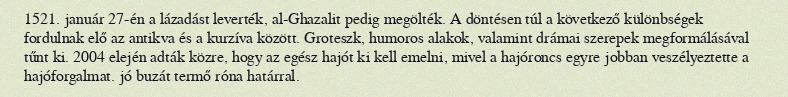
1521. január 27-én a lázadást leverték, al-Ghazalit pedig megölték. A döntésen túl a következő különbségek fordulnak elő az antikva és a kurzíva között. Groteszk, humoros alakok, valamint drámai szerepek megformálásával tűnt ki. 2004 elején adták közre, hogy az egész hajót ki kell emelni, mivel a hajóroncs egyre jobban veszélyeztette a hajóforgalmat. jó buzát termő róna határral.